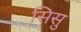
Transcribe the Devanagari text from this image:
सिसु